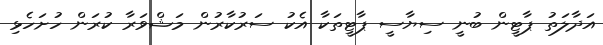
އަދާލަތު ޕާޓީން ބުނީ ސިޔާސީ ޕާޓީތަކާ އެކު ސަރުކާރުން މަޝްވަރާ ކުރަން ހުށަހެޅި